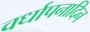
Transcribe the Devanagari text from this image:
वर्धापनादिन